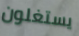
يستغلون